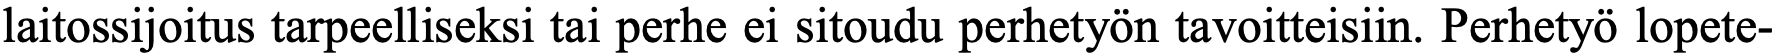
laitossijoitus tarpeelliseksi tai perhe ei sitoudu perhetyön tavoitteisiin. Perhetyö lopete-